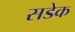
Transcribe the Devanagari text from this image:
सडेक